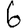
Digit: 6